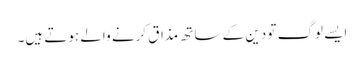
ایسے لوگ تو دین کے ساتھ مذاق کرنے والے ہوتے ہیں۔